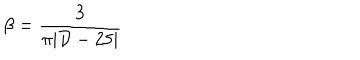
\beta = { \frac { 3 } { \pi | { \cal D } - 2 5 | } }